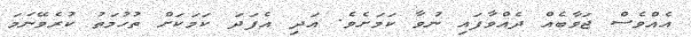
އެއްވެސް ޖަވާބެއް ދެއްވާފައި ނުވާ ކަމަށެވެ. އަދި އެފަދަ ކަމަކަށް ތުހުމަތު ކުރެވޭނަމަ